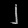
Digit: ၂